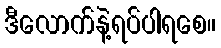
ဒီလောက်နဲ့ရပ်ပါရစေ။